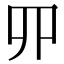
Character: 𠃢